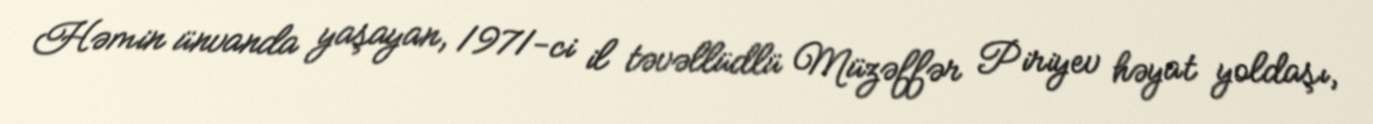
Həmin ünvanda yaşayan, 1971-ci il təvəllüdlü Müzəffər Piriyev həyat yoldaşı,